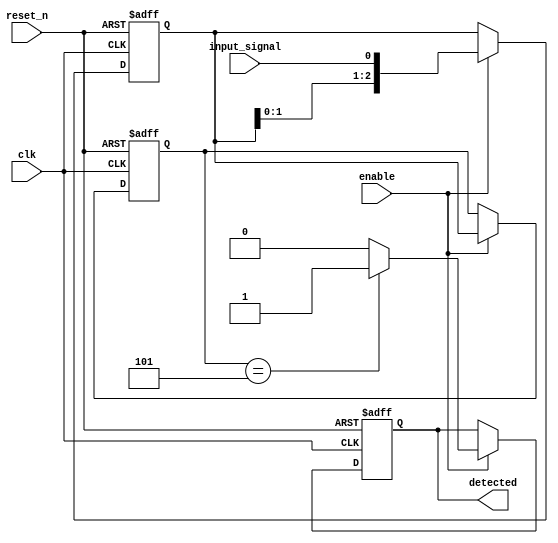
module pattern_detector (
    input wire clk,               // Clock signal
    input wire reset_n,           // Asynchronous active-low reset
    input wire enable,            // Enable signal for detection
    input wire input_signal,      // Binary input signal to monitor
    output reg detected           // Output signal indicating pattern detection
);

    // Define parameters for the pattern to detect
    parameter PATTERN_LENGTH = 3; // Length of the pattern
    parameter PATTERN = 3'b101;    // Example pattern to detect (5 in binary)

    // State registers to store current and previous inputs
    reg [PATTERN_LENGTH-1:0] state;  // Current state
    reg [PATTERN_LENGTH-1:0] history; // History of previous inputs

    // Combinational logic to update the state and history
    always @(posedge clk or negedge reset_n) begin
        if (!reset_n) begin
            state <= 0;
            history <= 0;
            detected <= 0;
        end else if (enable) begin
            // Update history with the current input
            history <= {history[PATTERN_LENGTH-2:0], input_signal};

            // Update state with the current input
            state <= history;

            // Check if the current state matches the pattern
            if (state == PATTERN) begin
                detected <= 1; // Pattern detected
            end else begin
                detected <= 0; // No match
            end
        end
    end

endmodule